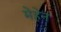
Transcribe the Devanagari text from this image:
मेहेन